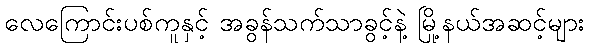
လေကြောင်းပစ်ကူနှင့် အခွန်သက်သာခွင့်နဲ့ မြို့နယ်အဆင့်များ